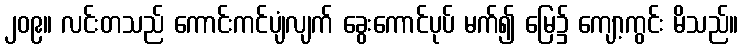
၂၀၉။ လင်းတသည် ကောင်းကင်ပျံလျက် ခွေးကောင်ပုပ် မက်၍ မြေ၌ ကျော့ကွင်း မိသည်။